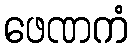
ဖေဏကံ